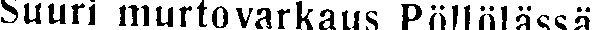
Suuri murtovarkaus Pöllölässä